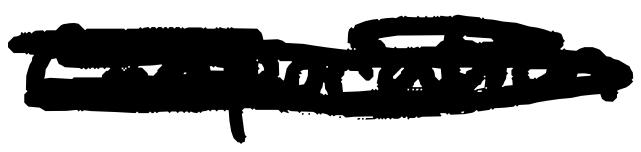
Text: Corporation
Cross-out: scratch
Writing tool: digital_black